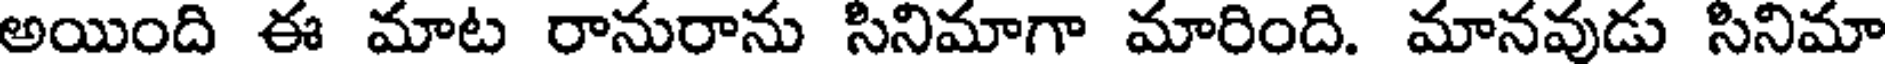
అయింది ఈ మాట రానురాను సినిమాగా మారింది. మానవుడు సినిమా